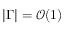
| \Gamma | = \mathcal { O } ( 1 )